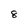
Character: 8